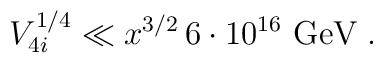
V_{4i}^{1/4}\ll x^{3/2}\, 6\cdot 10^{16}\mbox{ GeV}\; .